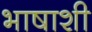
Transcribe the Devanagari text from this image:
भाषाशी